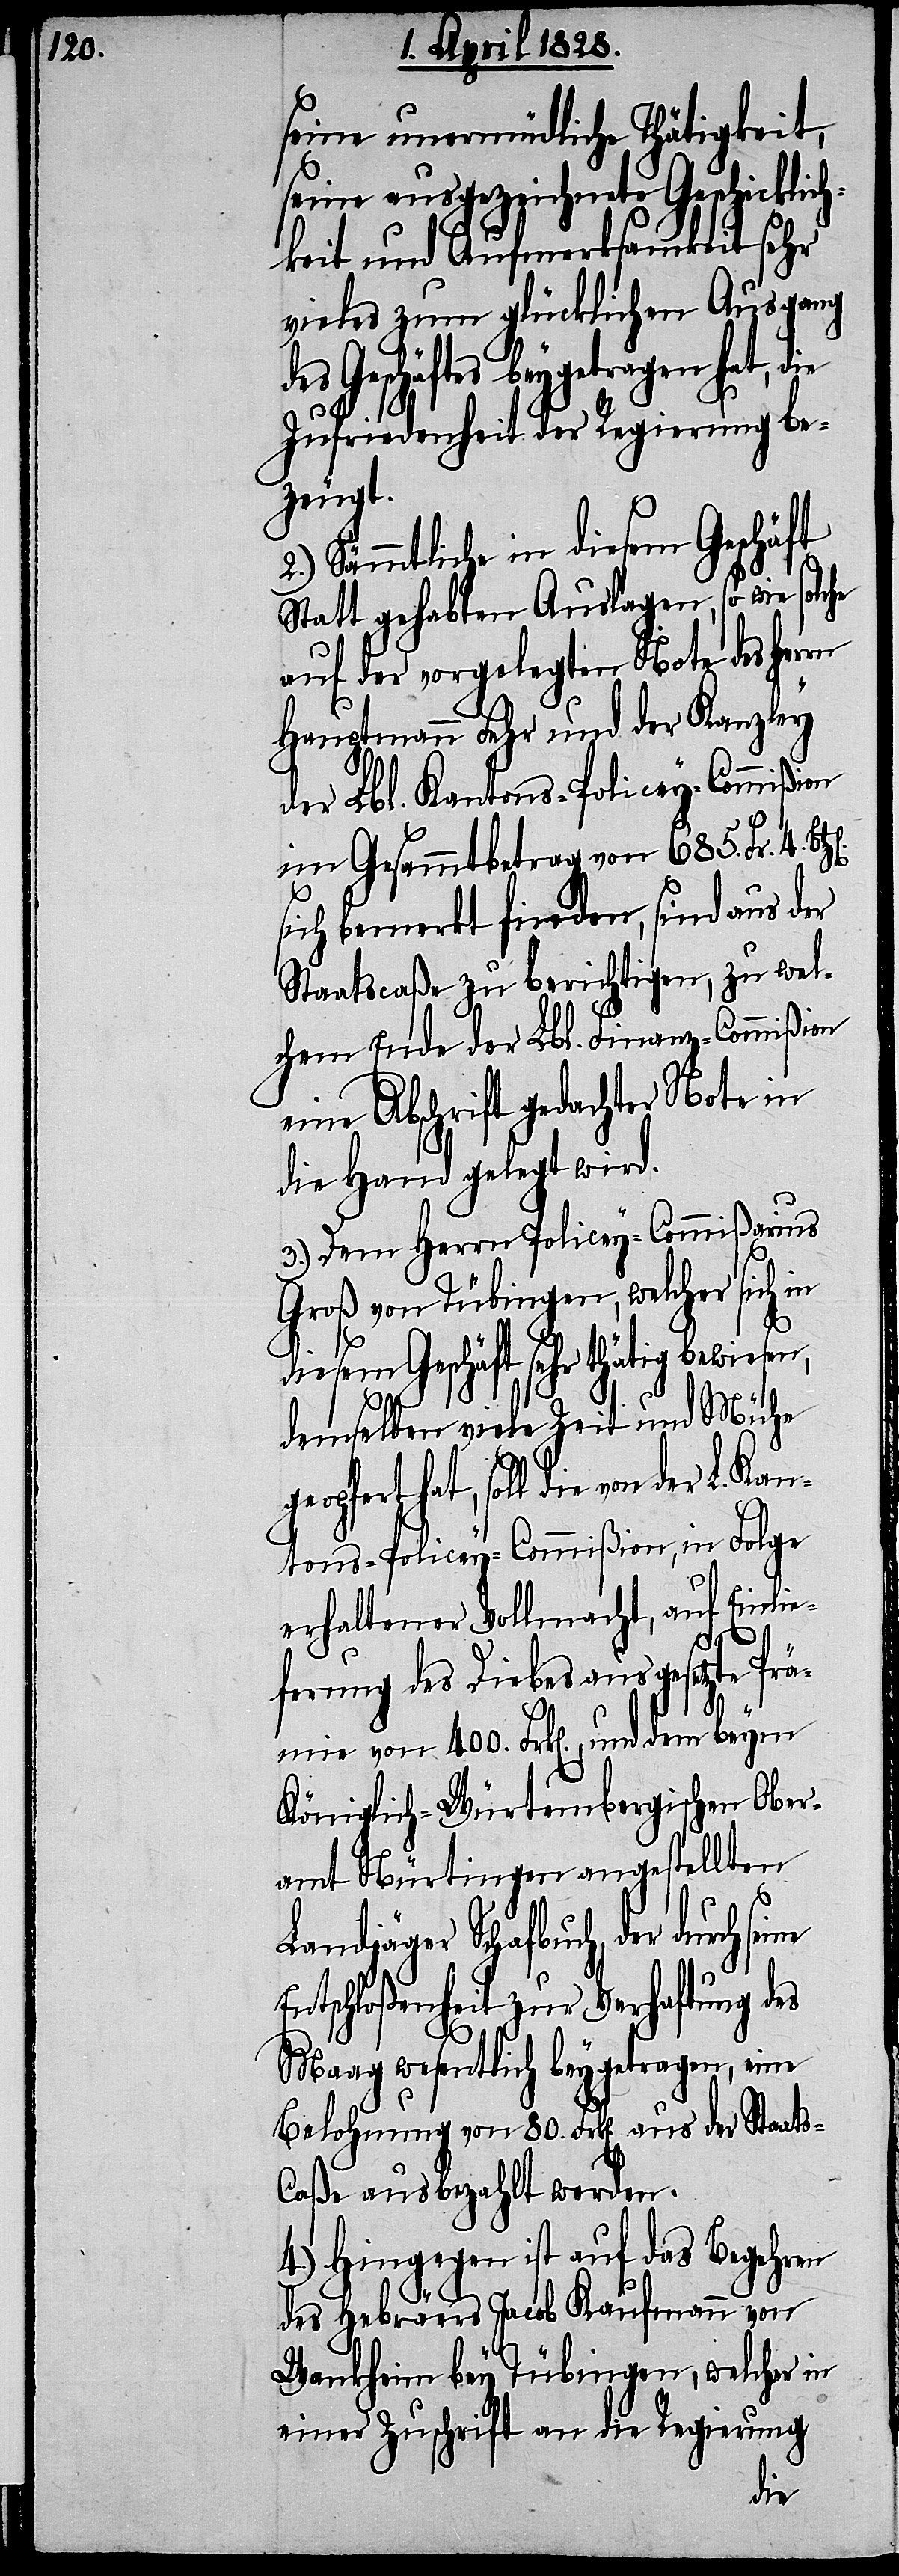
seine unermüdliche Thätigkeit,
seine ausgezeichnete Geschicklic¬
hkeit und Aufmerksamkeit sehr
vieles zum glücklichen Ausgang
des Geschäftes beygetragen
Zufriedenheit der Regierung be¬
zeugt.
2.) Sämmtliche in diesem Geschäft
Statt gehabten Auslagen, so wie solche
auf der vorgelegten Note des
Hauptmann Fehr und der Kanzley
der Lbl. Kantons-Policey-Commißion
im Gesammtbetrag von 685. Fr. 4.
sich bemerkt finden, sind aus der
Staatscaße zu berichtigen, zu wel¬
chem Ende der Lbl. Finanz-Commißion
eine Abschrift gedachter Note in
die Hand gelegt wird.
3.) Dem Herrn Policey-Commißarius
Groß von Tübingen, welcher sich
Geschäft sehr thätig bewiesen,
demselben viele Zeit und Mühe
hat, soll die von der L. Ka¬
ntons-Policey-Commißion, in Folge
erhaltener Vollmacht, auf Einlie¬
ferung des Diebes ausgesetzte Pr¬
ämie von 400. Frk[en]., und dem beym
Königlich-Würtembergischen Ober¬
amt Nürtingen angestellten
Landjäger Schafbuch, der
Entschloßenheit zur Verhaftung des
Maag wesentlich beygetragen, eine
Belohnung von 80. Frk[en]. aus der Staat¬
s-Caßa ausbezahlt werden.
4.) Hingegen ist auf das Begehren
des Hebräers Jacob Kaufmann von
Wankheim bey Tübingen, welcher in
einer Zuschrift an die Regierung
die